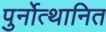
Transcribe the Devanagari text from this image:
पुर्नोत्थानित